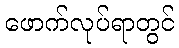
ဖောက်လုပ်ရာတွင်